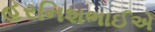
હરનિશભાઈએ